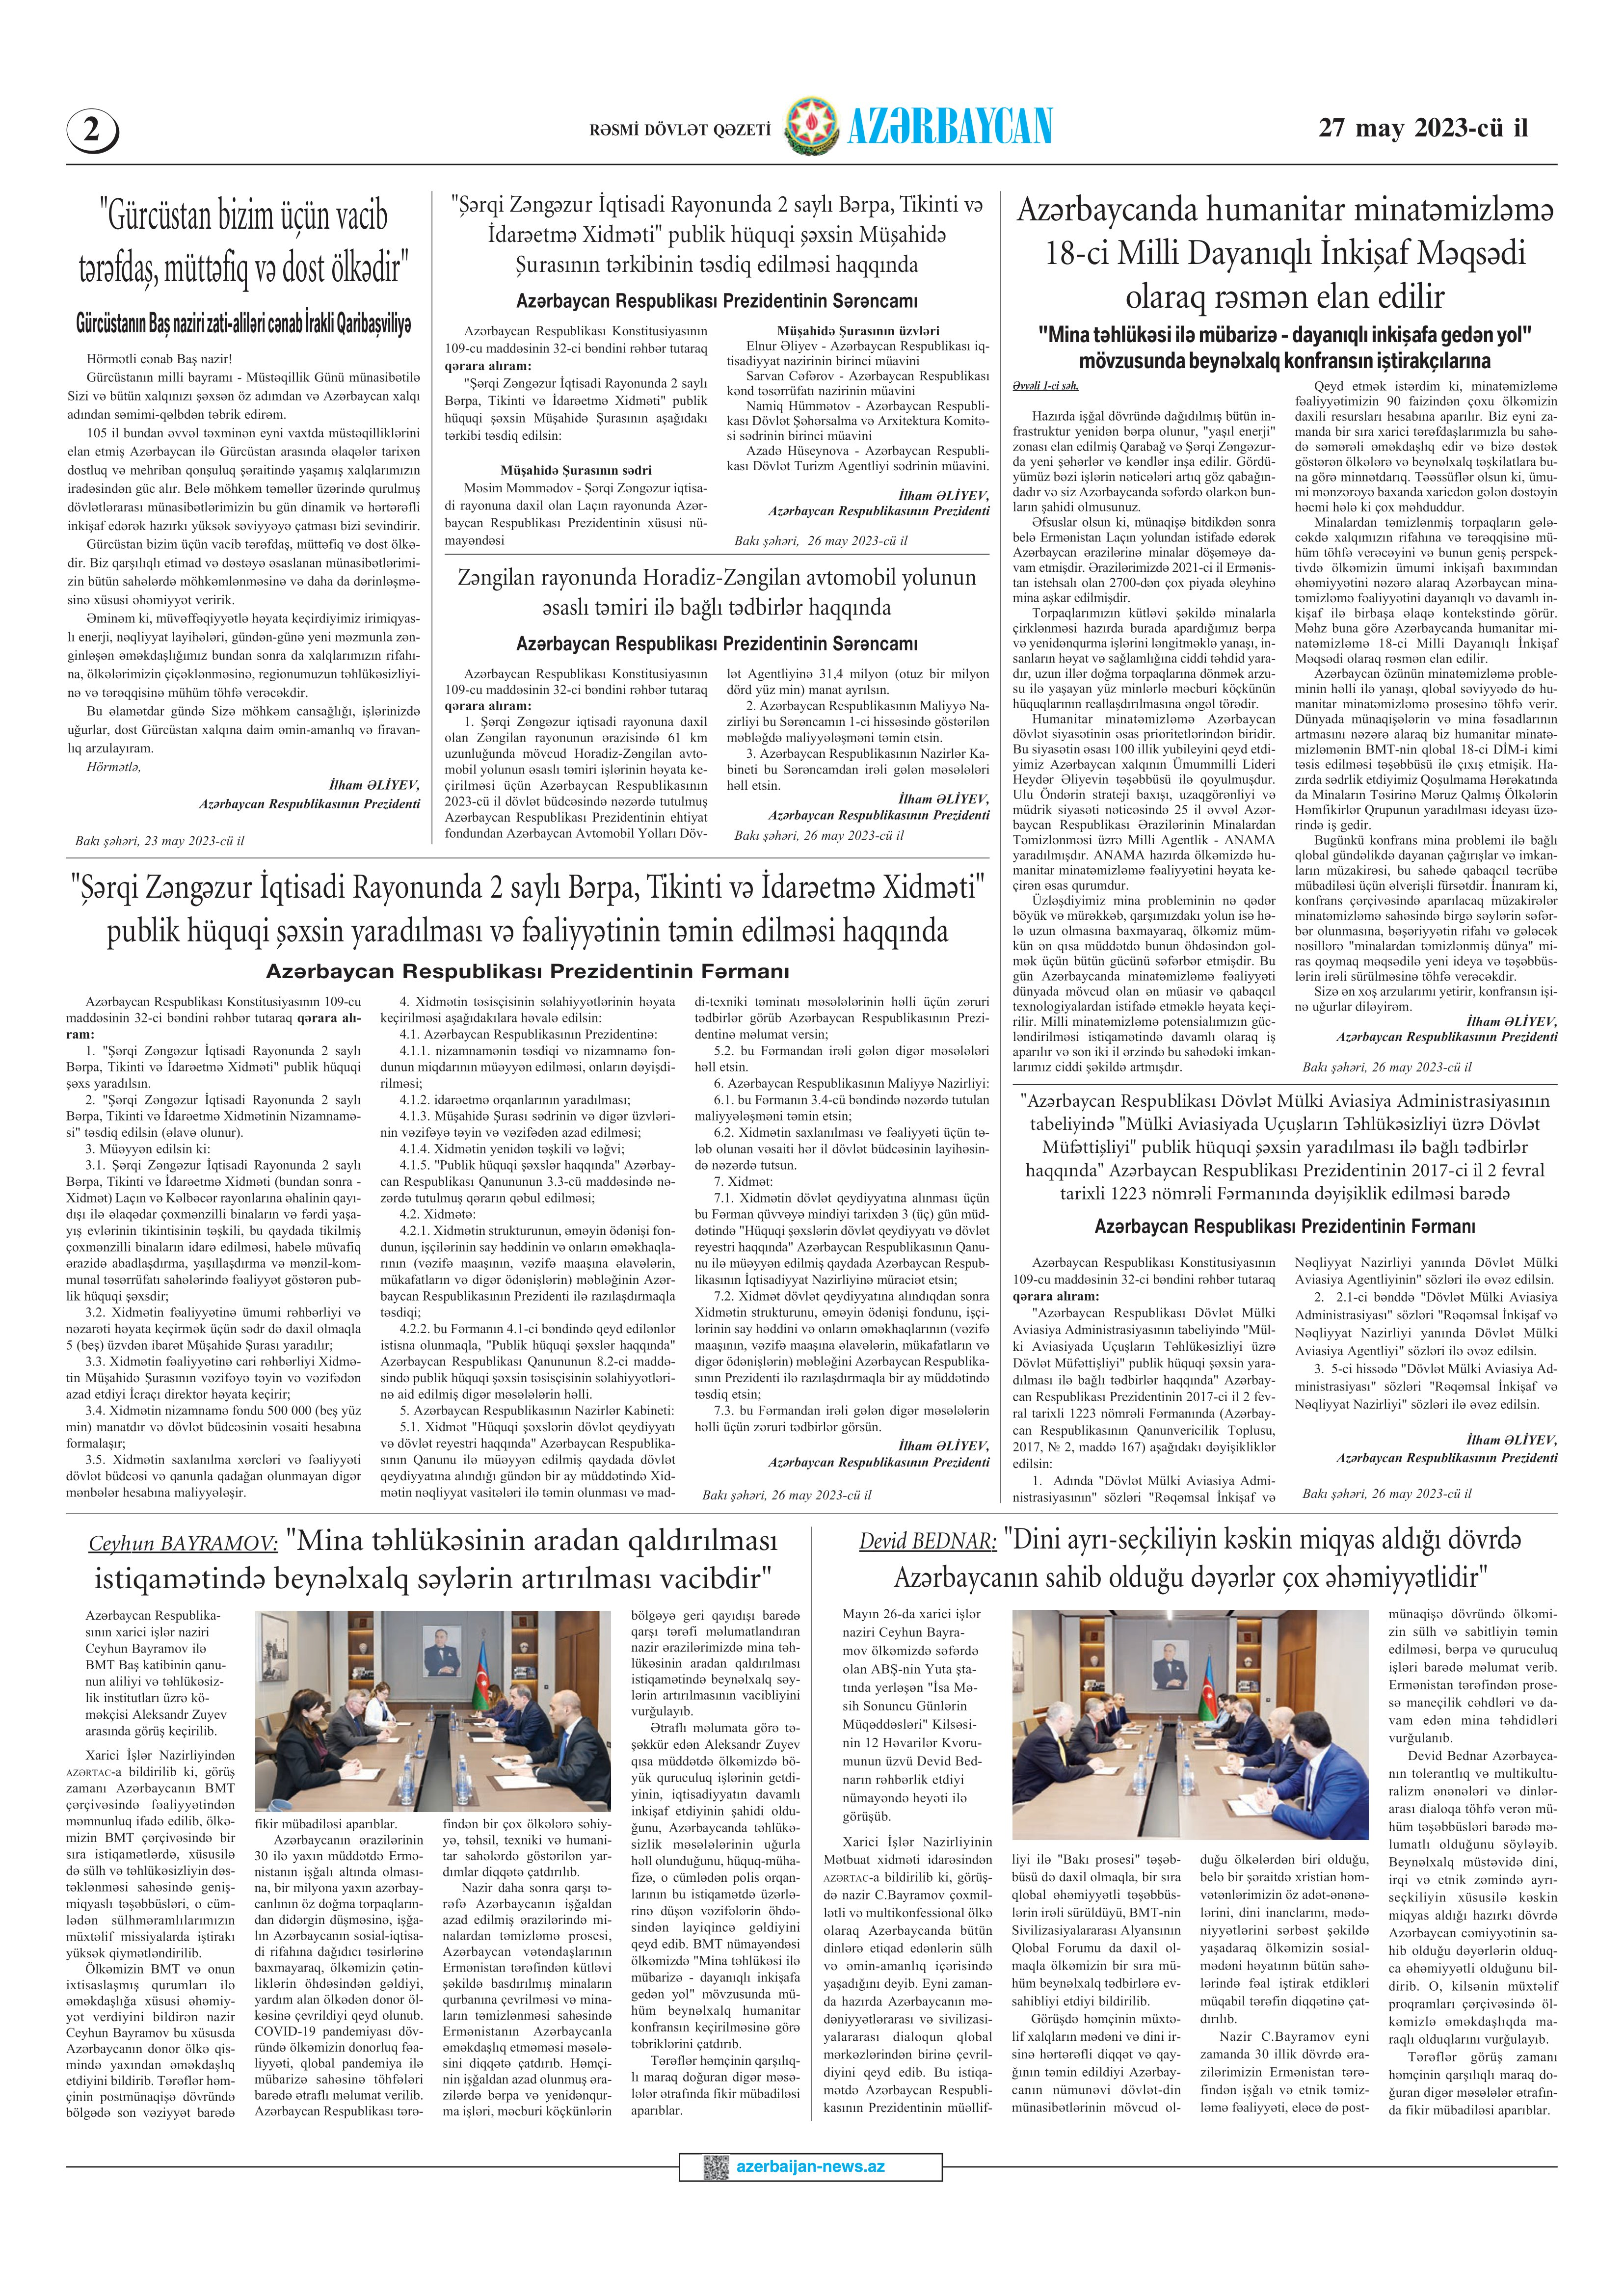
Language: az